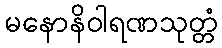
မနောနိဝါရဏသုတ္တံ